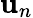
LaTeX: \mathbf{u}_{n}